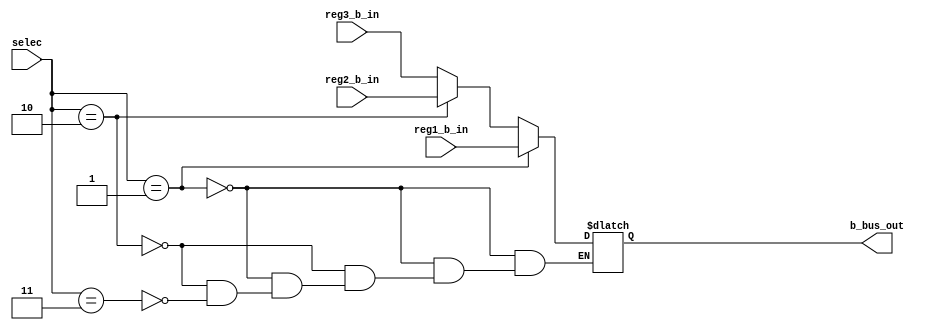
module  b_bus_demux(selec,b_bus_out,reg1_b_in,reg2_b_in,reg3_b_in);
	input [1:0] selec;
	input [15:0]reg1_b_in,reg2_b_in,reg3_b_in;
	output reg [15:0]b_bus_out;
	always@(*) begin
		if(selec==2'b01) b_bus_out=reg1_b_in;
		else if(selec==2'b10) b_bus_out=reg2_b_in;
		else if(selec==2'b11) b_bus_out=reg3_b_in;
	end
	
endmodule